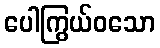
ပေါကြွယ်ဝသော